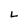
Character: L